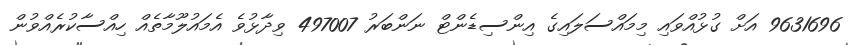
9631696 އަށް ގުޅުއްވައި މިމައްސަލައިގެ އިންސިޑެންޓް ނަންބަރު 497007 ވިދާޅުވެ އެމައުލޫމާތެއް ހިއްސާކުރެއްވުން